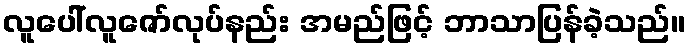
လူပေါ်လူဇော်လုပ်နည်း အမည်ဖြင့် ဘာသာပြန်ခဲ့သည်။